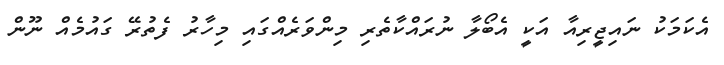
އެކަމަކު ނައިޖީރިއާ އަކީ އެބޯލާ ނުރައްކާތެރި މިންވަރެއްގައި މިހާރު ފެތުރޭ ގައުމެއް ނޫން